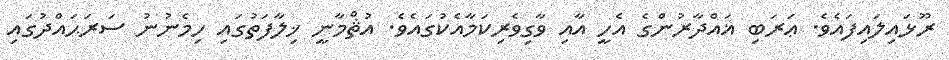
ރޫޅައިލައިފައެވެ. ޢަރަބި ޣައްދާރުންގެ އެހީ އާއި ވާގިވެރިކަމާއެކުގައެވެ. އުޘްމާނީ ޚިލާފަތުގައި ހިމެނުނު ސަރަޙައްދުގައި